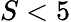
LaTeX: S<5